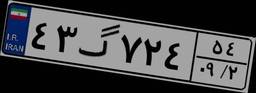
۳۷گ۲۴۵۰۲